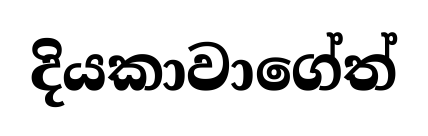
දියකාවාගේත්